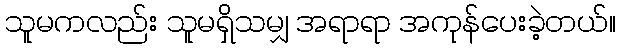
သူမကလည်း သူမရှိသမျှ အရာရာ အကုန်ပေးခဲ့တယ်။